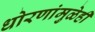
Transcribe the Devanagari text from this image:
धोरणांमुळेही